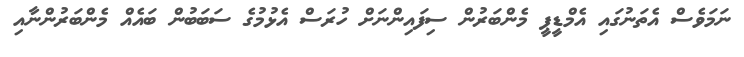
ނަމަވެސް އެތަނުގައި އެމްޑީޕީ މެންބަރުން ސިފައިންނަށް ހުރަސް އެޅުމުގެ ސަބަބުން ބައެއް މެންބަރުންނާއި